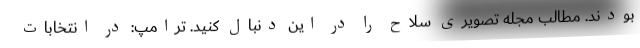
بودند. مطالب مجله تصویری سلاح را در این دنبال کنید. ترامپ: در انتخابات